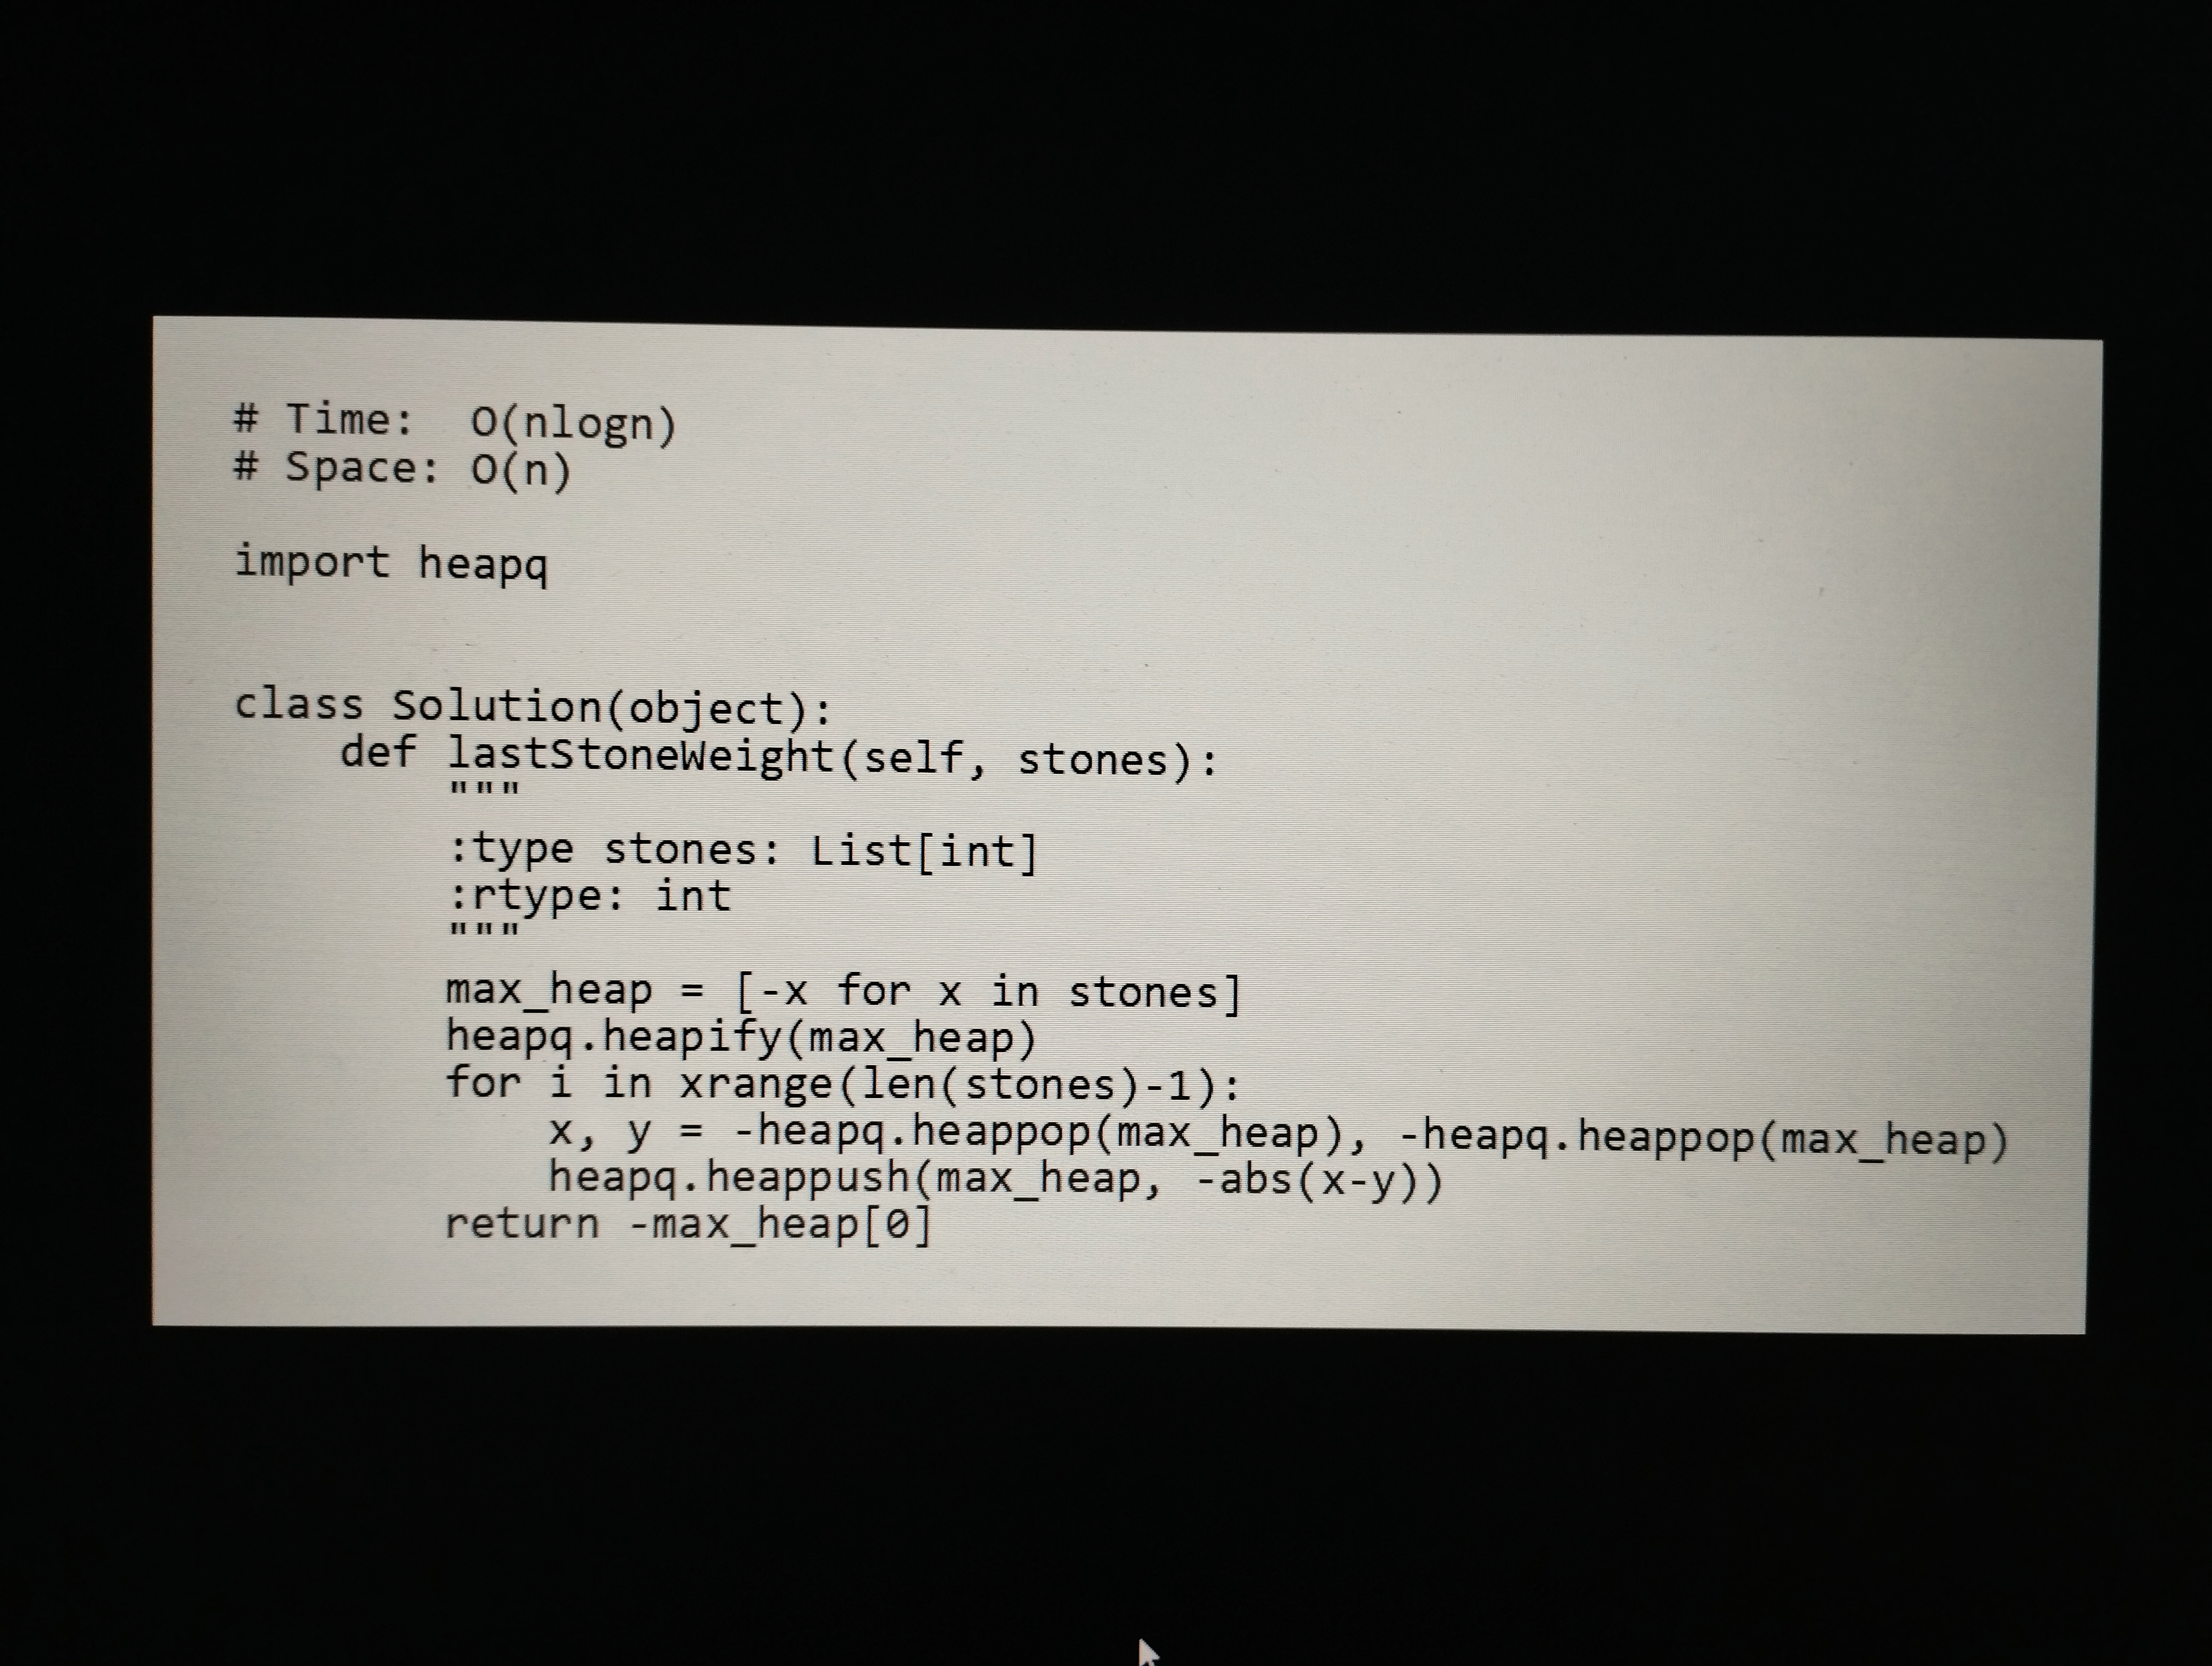
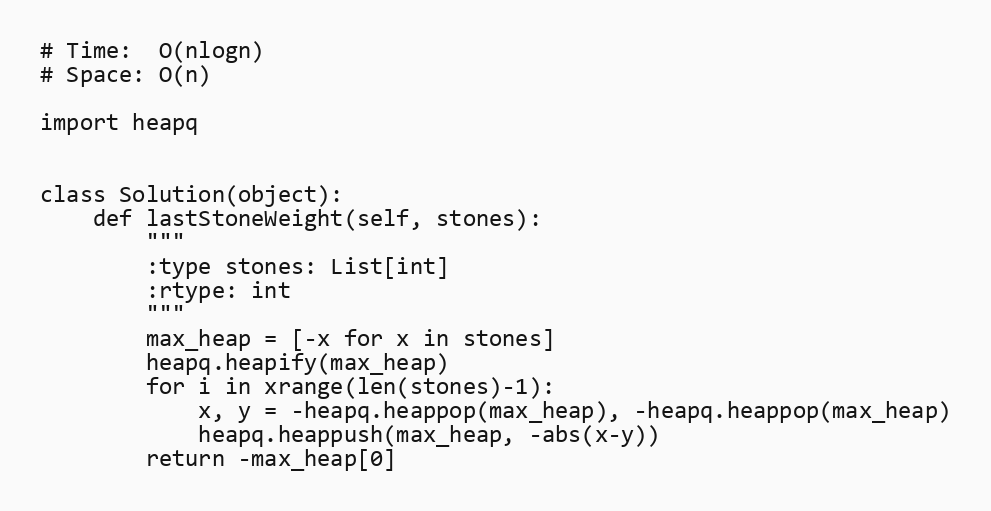
# Time:  O(nlogn)
# Space: O(n)

import heapq

class Solution(object):
    def lastStoneWeight(self, stones):
        """
        :type stones: List[int]
        :rtype: int
        """
        max_heap = [-x for x in stones]
        heapq.heapify(max_heap)
        for i in xrange(len(stones)-1):
            x, y = -heapq.heappop(max_heap), -heapq.heappop(max_heap)
            heapq.heappush(max_heap, -abs(x-y))
        return -max_heap[0]